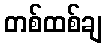
တစ်ထစ်ချ